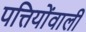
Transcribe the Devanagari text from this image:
पत्तियोंवाली